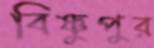
বিষ্ণুপুর